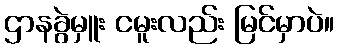
ဌာနခွဲမှူး ငမူးလည်း မြင်မှာပဲ။